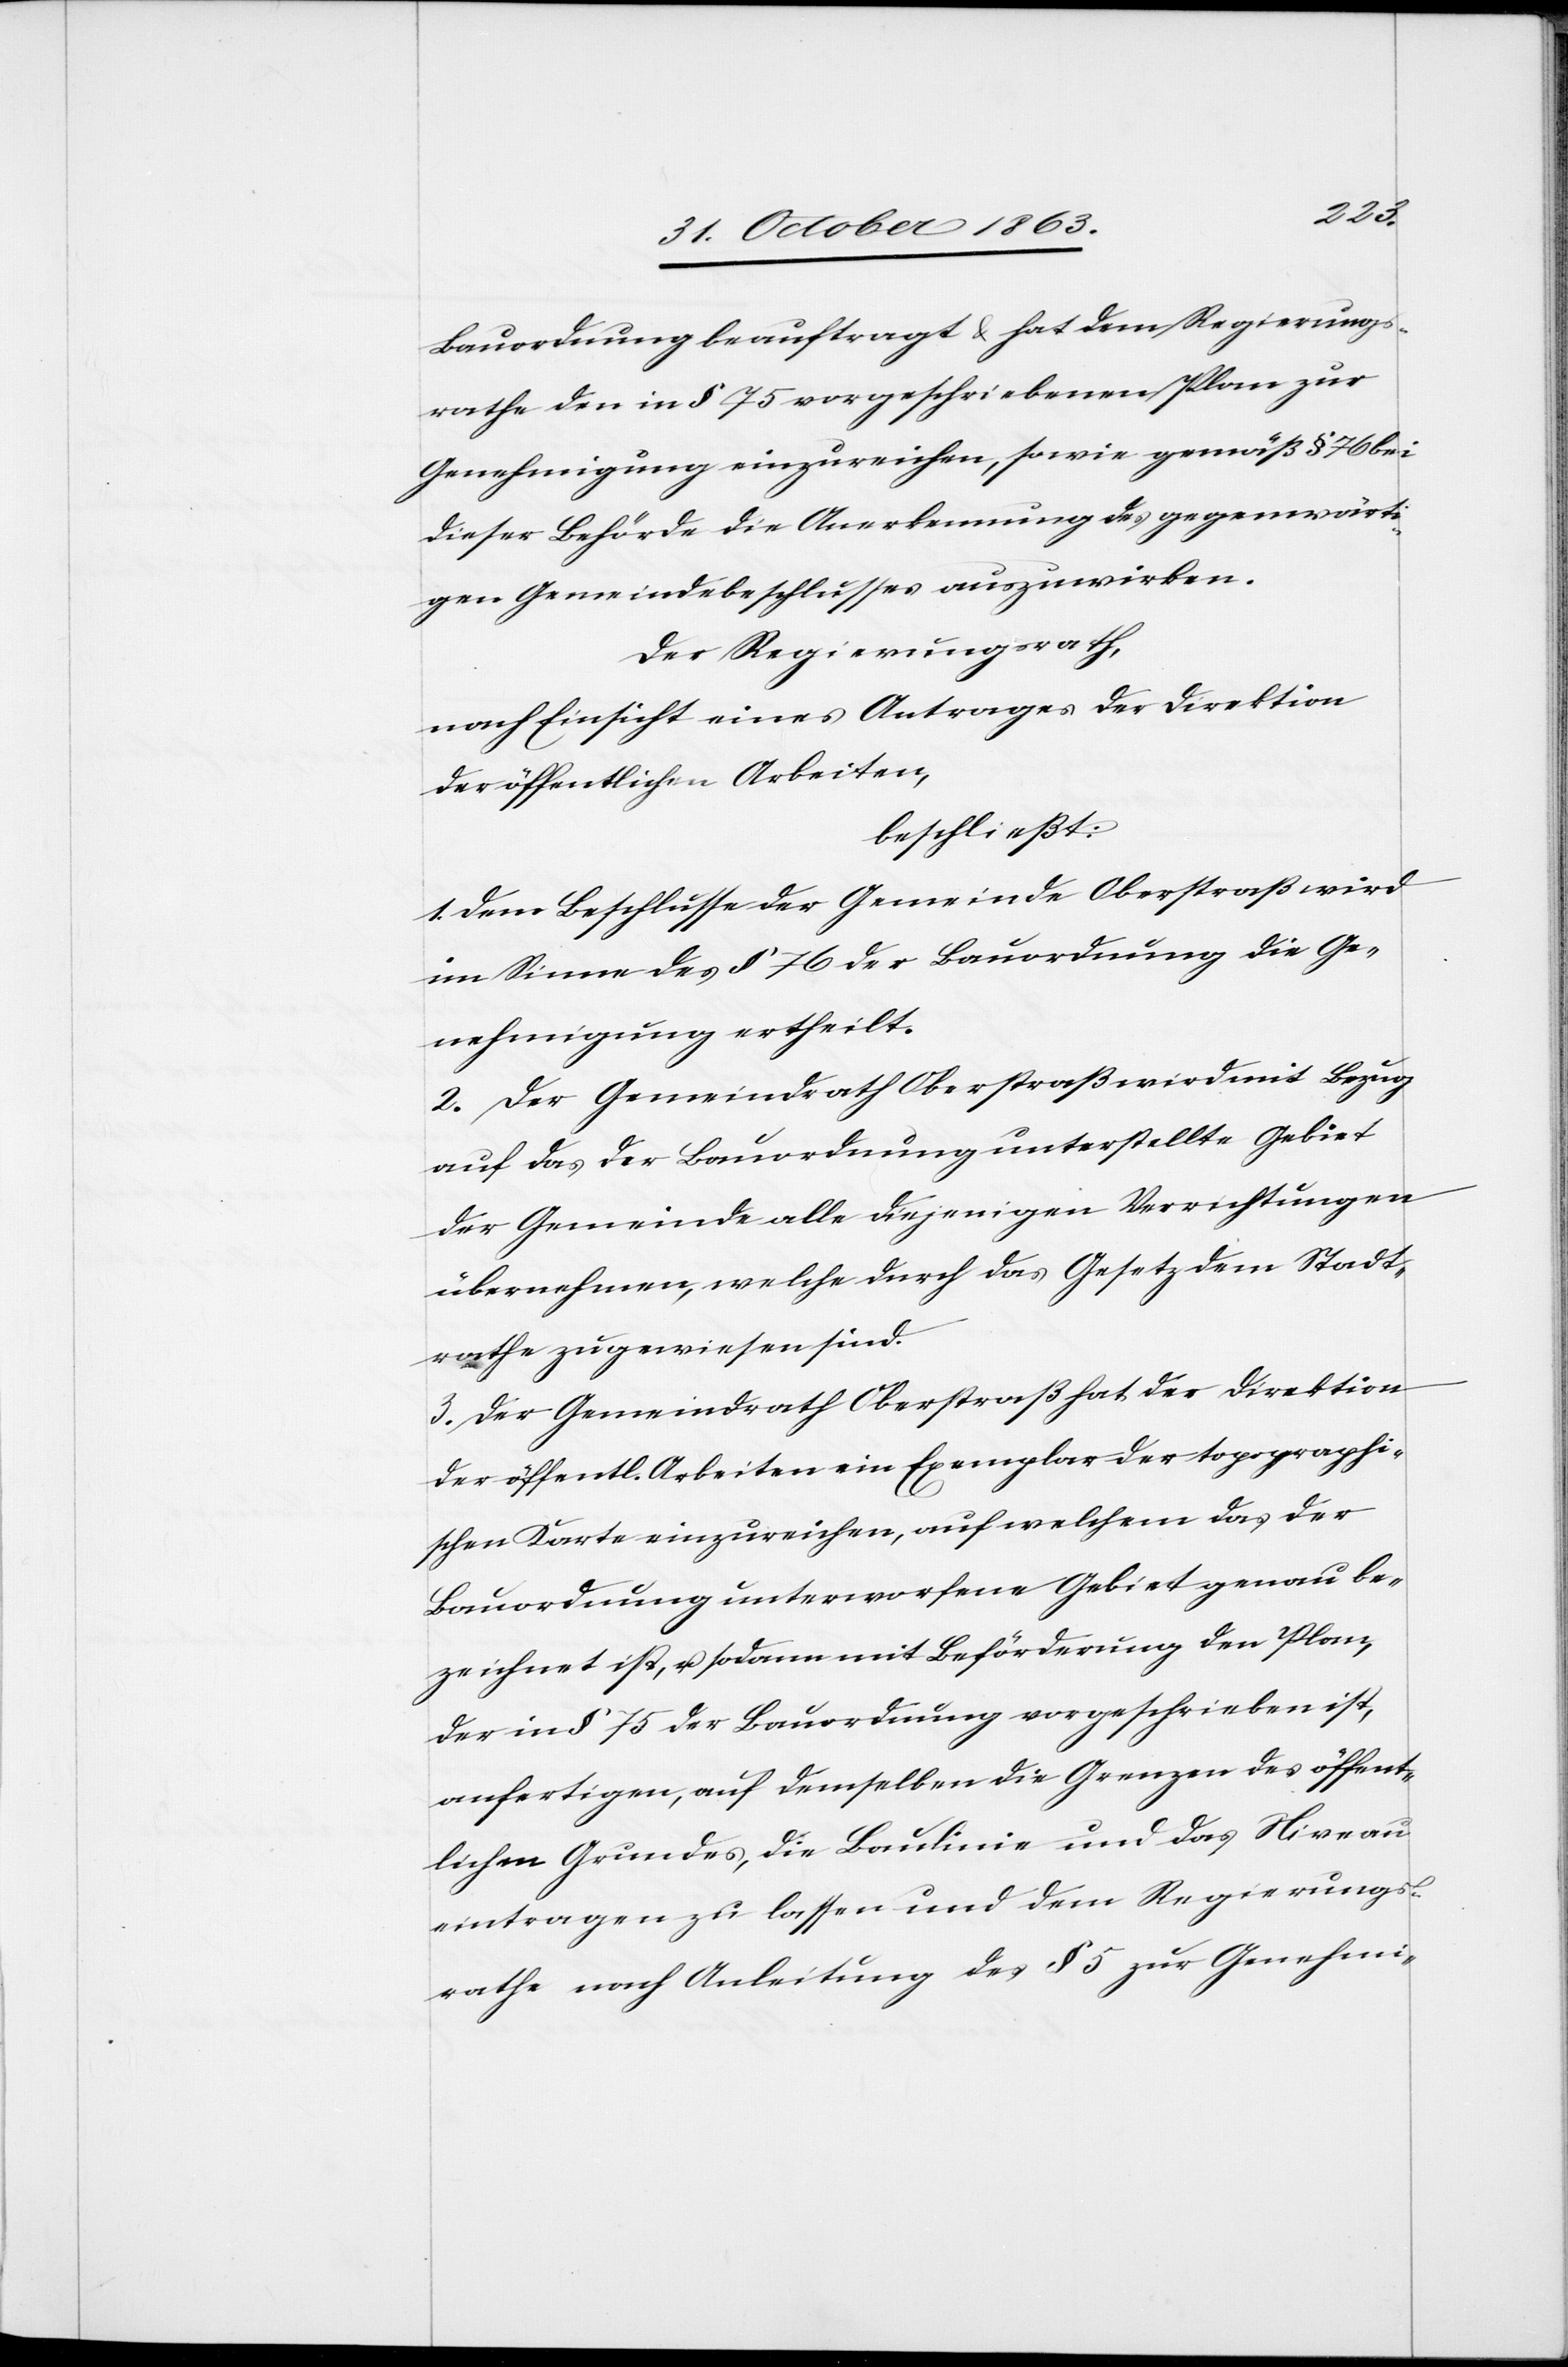
Bauordnung beauftragt & hat dem Regierungs¬
rathe den in § 75 vorgeschriebenen Plan zur
Genehmigung einzureichen, sowie gemäß § 76 bei
dieser Behörde die Anerkennung des gegenwärt¬
igen Gemeindebeschlusses auszuwirken.
Der Regierungsrath,
nach Einsicht eines Antrages der Direktion
der öffentlichen Arbeiten,
beschließt:
1. Dem Beschlusse der Gemeinde Oberstraß wird
im Sinne des § 76 der Bauordnung die Ge¬
nehmigung ertheilt.
2. Der Gemeindrath Oberstraß wird mit Bezug
auf das der Bauordnung unterstellte Gebiet
der Gemeinde alle diejenigen Verrichtungen
übernehmen, welche durch das Gesetz dem Stadt¬
rathe zugewiesen sind.
3. Der Gemeindrath Oberstraß hat der Direktion
der öffentl. Arbeiten ein Exemplar der topographi¬
schen Karte einzureichen, auf welchem das der
Bauordnung unterworfene Gebiet genau be¬
zeichnet ist, u. sodann mit Beförderung den Plan,
der in § 75 der Bauordnung vorgeschrieben ist,
anfertigen, auf demselben die Grenzen des öffent¬
lichen Grundes, die Baulinie und das Niveau
eintragen zu lassen und dem Regierungs¬
rathe nach Anleitung des § 5 zur Genehmi-